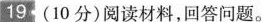
19(10分)阅读材料，回答问题。